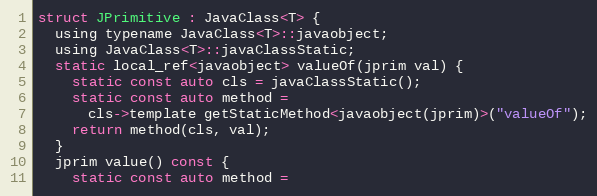
Language: C
struct JPrimitive : JavaClass<T> {
  using typename JavaClass<T>::javaobject;
  using JavaClass<T>::javaClassStatic;
  static local_ref<javaobject> valueOf(jprim val) {
    static const auto cls = javaClassStatic();
    static const auto method =
      cls->template getStaticMethod<javaobject(jprim)>("valueOf");
    return method(cls, val);
  }
  jprim value() const {
    static const auto method =